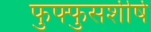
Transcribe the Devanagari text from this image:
फुफ्फुसशीर्ष